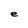
Character: e